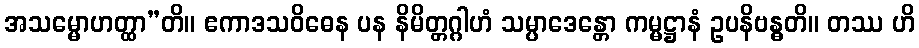
အသမ္မောဟတ္ထာ”တိ။ ဧကာဒသဝိဓေန ပန နိမိတ္တဂ္ဂါဟံ သမ္ပာဒေန္တော ကမ္မဋ္ဌာနံ ဥပနိဗန္ဓတိ။ တဿ ဟိ